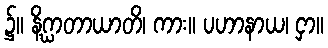
၌။ နိဂ္ဃာတာယာတိ၊ ကား။ ပဟာနာယ၊ ငှာ။